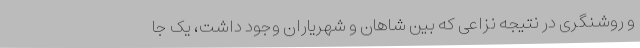
و روشنگری در نتیجه نزاعی که بین شاهان و شهریاران وجود داشت، یک جا